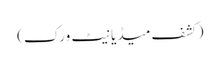
(کشف میڈیا نیٹ ورک)